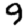
Digit: 9